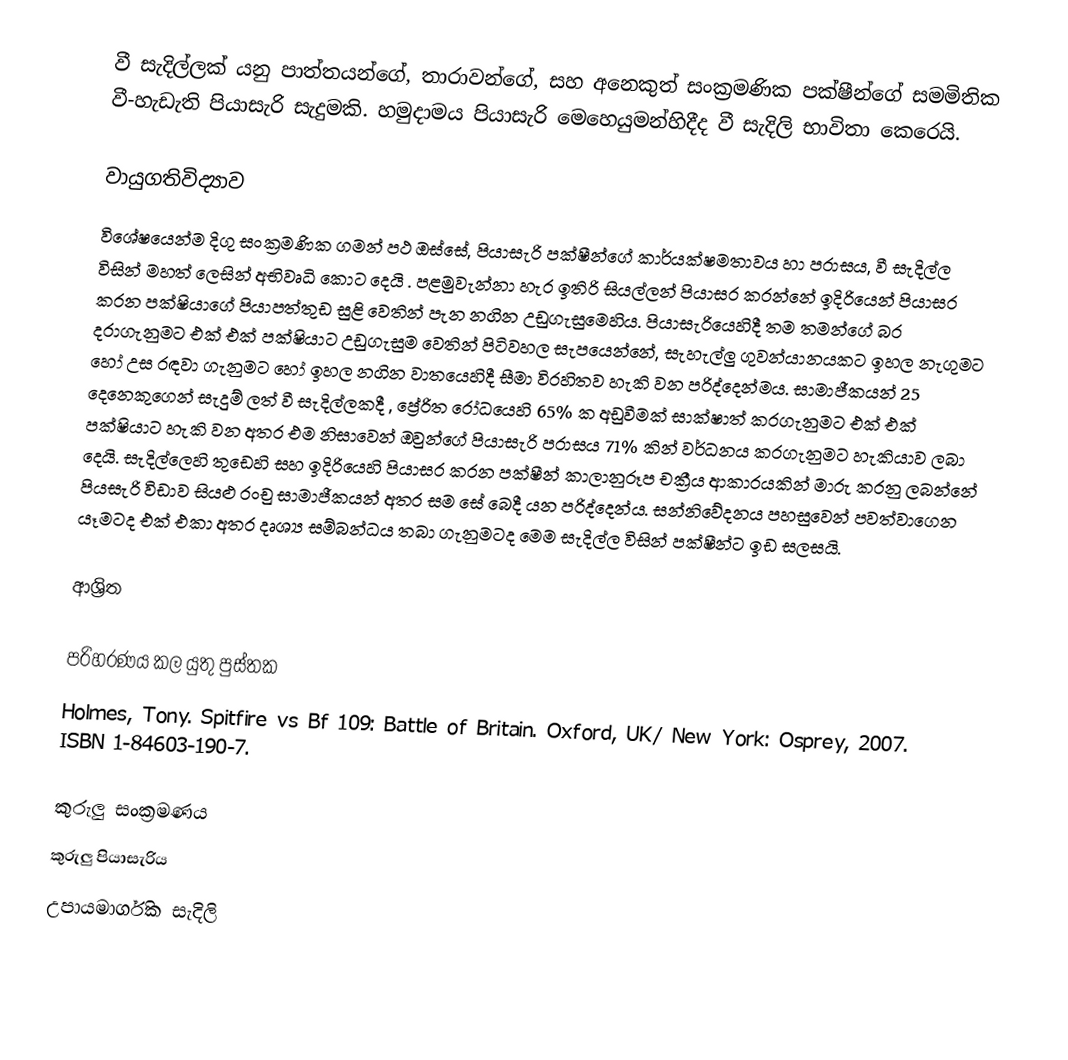
වී සැදිල්ලක්  යනු පාත්තයන්ගේ, තාරාවන්ගේ, සහ අනෙකුත් සංක්‍රමණික පක්ෂීන්ගේ සමමිතික වී-හැඩැති පියාසැරි සැදුමකි. හමුදාමය පියාසැරි මෙහෙයුමන්හිදීද වී සැදිලි භාවිතා කෙරෙයි.

වායුගතිවිද්‍යාව
විශේෂයෙන්ම දිගු සංක්‍රමණික ගමන් පථ ඔස්සේ, පියාසැරි පක්ෂීන්ගේ කාර්යක්ෂමතාවය හා පරාසය,  වී සැදිල්ල විසින් මහත් ලෙසින් අභිවෘධි කොට දෙයි . පළමුවැන්නා හැර ඉතිරි සියල්ලන් පියාසර කරන්නේ ඉදිරියෙන් පියාසර කරන පක්ෂියාගේ  පියාපත්තුඩ සුළි වෙතින් පැන නගින උඩුගැසුමෙහිය. පියාසැරියෙහිදී තම තමන්ගේ බර දරාගැනුමට එක් එක් පක්ෂියාට උඩුගැසුම වෙතින් පිටිවහල සැපයෙන්නේ,  සැහැල්ලු ගුවන්යානයකට ඉහල නැගුමට හෝ උස රඳවා ගැනුමට හෝ ඉහල නගින වාතයෙහිදී සීමා විරහිතව හැකි වන පරිද්දෙන්මය. සාමාජීකයන් 25 දෙනෙකුගෙන් සැදුම් ලත් වී සැදිල්ලකදී , ප්‍රේරිත රෝධයෙහි 65%  ක අඩුවීමක් සාක්ෂාත් කරගැනුමට එක් එක් පක්ෂියාට හැකි වන අතර එම නිසාවෙන් ඔවුන්ගේ පියාසැරි පරාසය 71% කින් වර්ධනය කරගැනුමට හැකියාව ලබා දෙයි. සැදිල්ලෙහි තුඩෙහි සහ ඉදිරියෙහි පියාසර කරන පක්ෂීන් කාලානුරූප චක්‍රීය ආකාරයකින් මාරු කරනු ලබන්නේ පියසැරි විඩාව සියළු රංචු සාමාජීකයන් අතර සම සේ බෙදී යන පරිද්දෙන්ය. සන්නිවේදනය පහසුවෙන් පවත්වාගෙන යෑමටද  එක් එකා අතර දෘශ්‍ය සම්බන්ධය තබා ගැනුමටද මෙම සැදිල්ල විසින් පක්ෂීන්ට ඉඩ සලසයි.

ආශ්‍රිත

පරිහරණය කල යුතු පුස්තක
Holmes, Tony. Spitfire vs Bf 109: Battle of Britain. Oxford, UK/ New York: Osprey, 2007. ISBN 1-84603-190-7.

කුරුලු සංක්‍රමණය
කුරුලු පියාසැරිය
උපායමාර්ගික සැදිලි